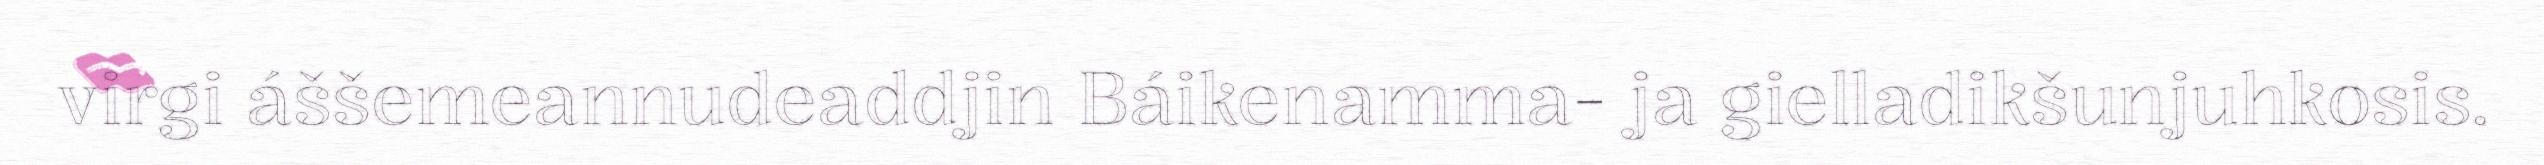
virgi áššemeannudeaddjin Báikenamma- ja gielladikšunjuhkosis.